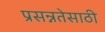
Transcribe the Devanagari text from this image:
प्रसन्नतेसाठी